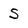
Character: S